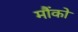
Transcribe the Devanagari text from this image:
मौंको